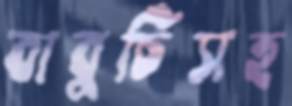
বাবুর্চিসহ